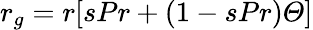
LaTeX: r_{g}=r[sPr+(1-sPr)\mathit{\Theta}]